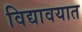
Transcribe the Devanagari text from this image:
विद्यावयात